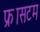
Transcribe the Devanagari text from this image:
फ्रासटम